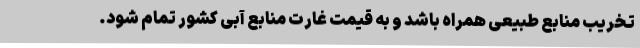
تخریب منابع طبیعی همراه باشد و به قیمت غارت منابع آبی کشور تمام شود.